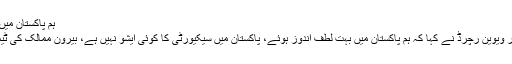
ہم پاکستان میں بہت لطف اندوز ہوئے، ویوین رچرڈ
ویسٹ انڈیز کے لیجنڈری بلے باز سر ویوین رچرڈ نے کہا کہ ہم پاکستان میں بہت لطف اندوز ہوئے، پاکستان میں سیکیورٹی کا کوئی ایشو نہیں ہے، بیرون ممالک کی ٹیموں کو پاکستان کا دورہ کرنا چاہئے۔